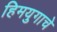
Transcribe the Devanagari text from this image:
हिमयुगाचे